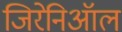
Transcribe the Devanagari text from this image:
जिरेनिऑल